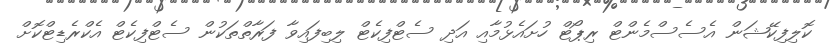
ކޮލިފިކޭޝަން އެސެސްމެންޓް ރިޕޯޓް ހުށައެޅުމާއި އަދި ސެޓްފިކެޓް ލިބިފައިވާ ފަރާތްތަކުން ސެޓްފިކެޓް އެކްރެޑިޓްކޮށް